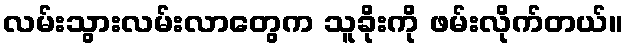
လမ်းသွားလမ်းလာတွေက သူခိုးကို ဖမ်းလိုက်တယ်။